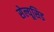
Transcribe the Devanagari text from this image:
सेल्यूसिड